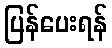
ပြန်ပေးရန်